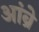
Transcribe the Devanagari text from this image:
आंब्रे